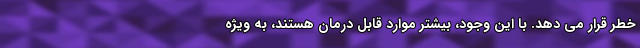
خطر قرار می دهد. با این وجود، بیشتر موارد قابل درمان هستند، به ویژه